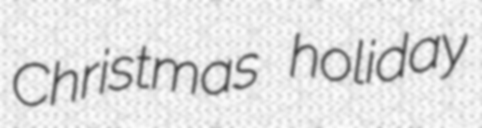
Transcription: Christmas holiday